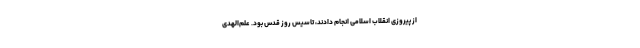
از پیروزی انقلاب اسلامی انجام دادند، تاسیس روز قدس بود. علم‌الهدی